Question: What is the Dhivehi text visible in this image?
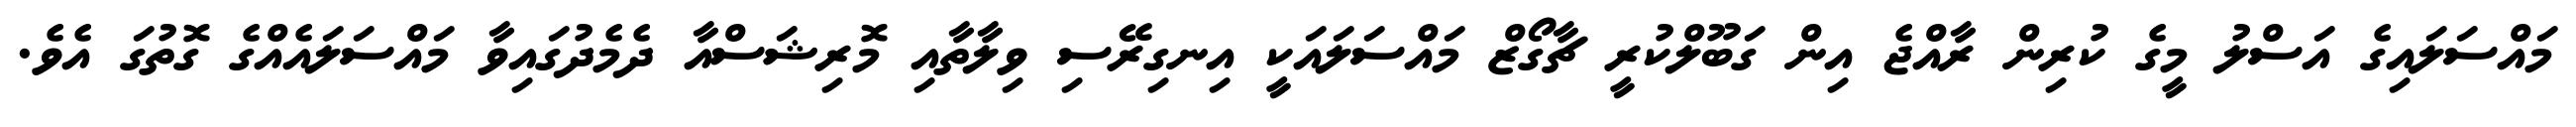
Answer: މައްސަލައިގެ އަސްލު މީގެ ކުރިން ރާއްޖެ އިން ގަބޫލްކުރީ ޗާގޯޒް މައްސަލައަކީ އިނގިރޭސި ވިލާތާއި މޮރިޝަސްއާ ދެމެދުގައިވާ މައްސަލައެއްގެ ގޮތުގަ އެވެ.